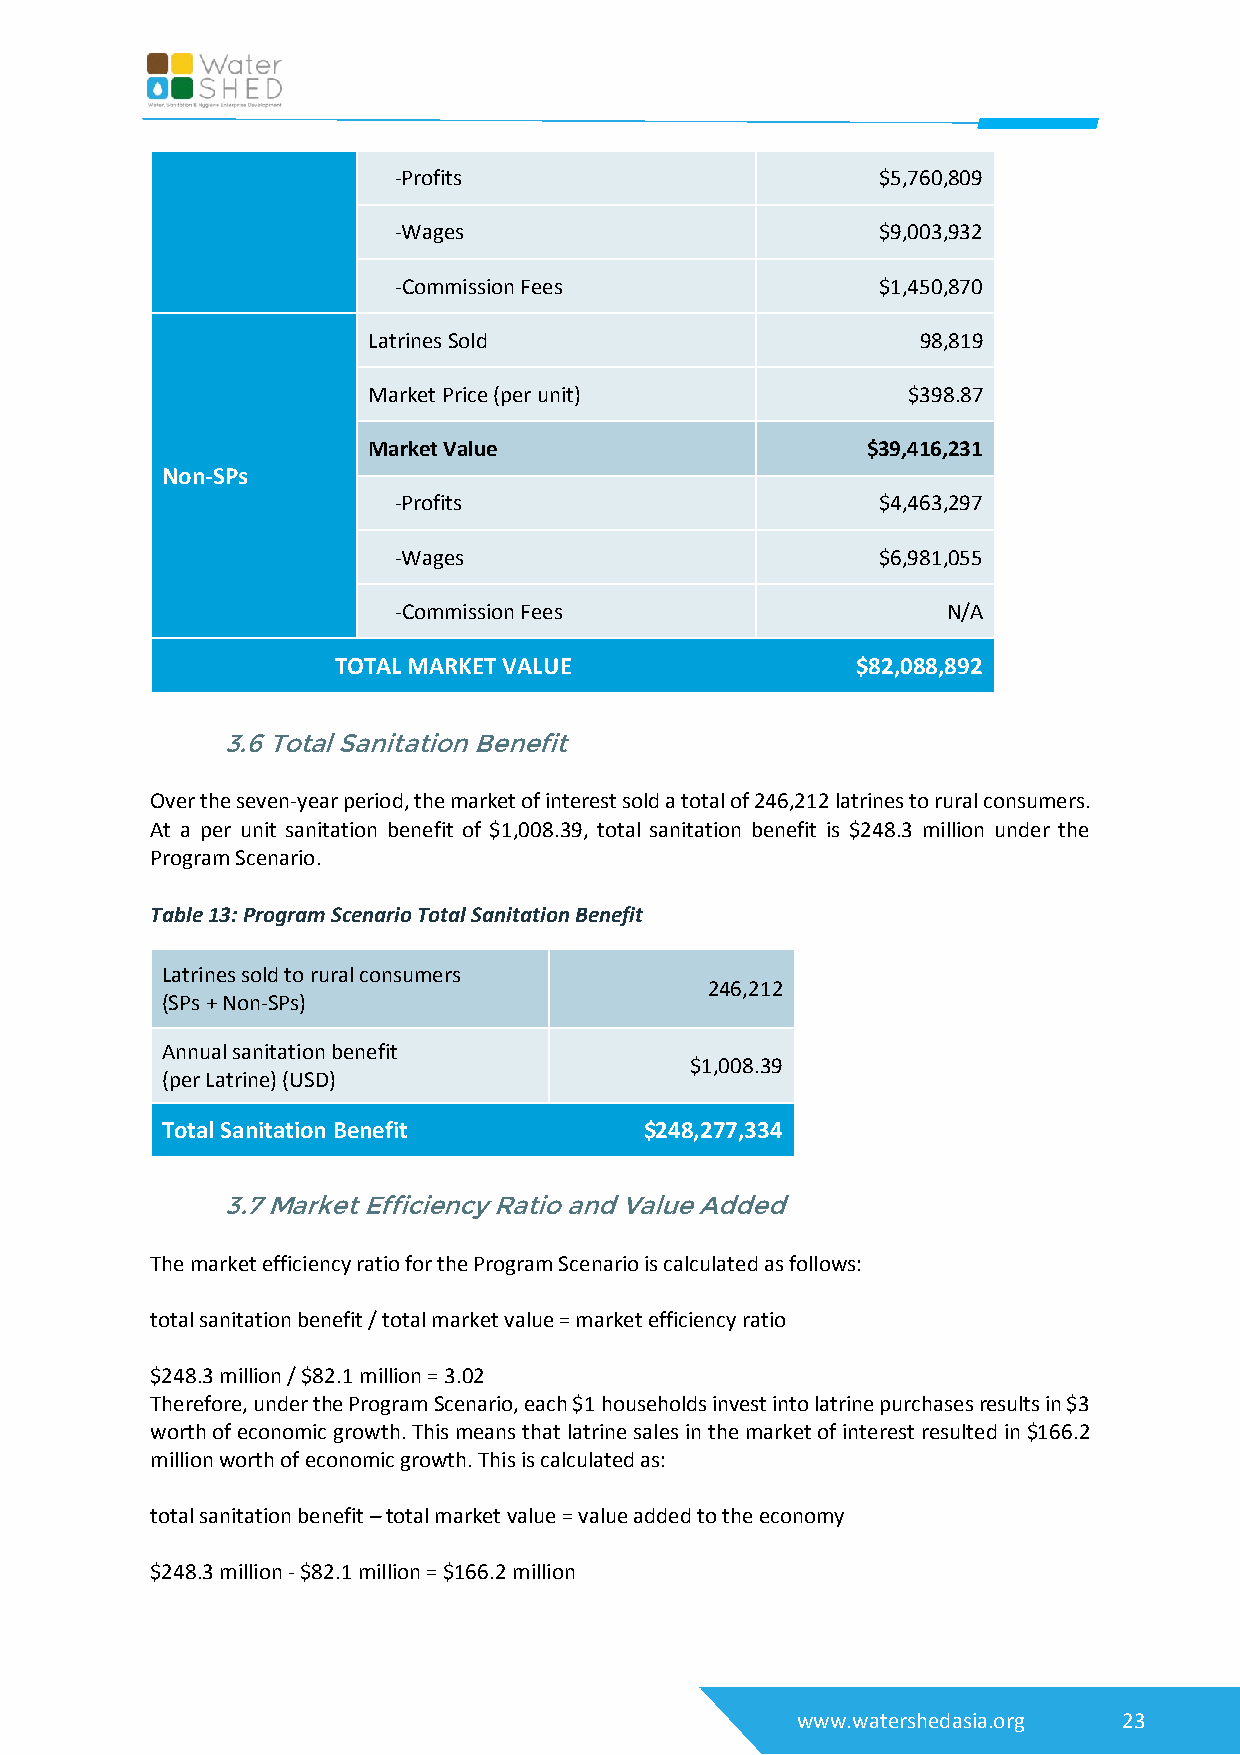
-Profits                        $5,760,809
 -Wages                          $9,003,932
 -Commission Fees                $1,450,870
 Latrines Sold                        98,819
 Market Price (per unit)             $398.87
 Market Value                     $39,416,231
 Non-SPs
 -Profits                        $4,463,297
 -Wages                          $6,981,055
 -Commission Fees                     N/A
 TOTAL MARKET VALUE                 $82,088,892
 3.6 Total Sanitation Benefit
 Over the seven-year period, the market of interest sold a total of 246,212 latrines to rural consumers.
 At a per unit sanitation benefit of $1,008.39, total sanitation benefit is $248.3 million under the
 Program Scenario.
 Table 13: Program Scenario Total Sanitation Benefit
 Latrines sold to rural consumers
 246,212
 (SPs + Non-SPs)
 Annual sanitation benefit
 $1,008.39
 (per Latrine) (USD)
 Total Sanitation Benefit        $248,277,334
 3.7 Market Efficiency Ratio and Value Added
 The market efficiency ratio for the Program Scenario is calculated as follows:
 total sanitation benefit / total market value = market efficiency ratio
 $248.3 million / $82.1 million = 3.02
 Therefore, under the Program Scenario, each $1 households invest into latrine purchases results in $3
 worth of economic growth. This means that latrine sales in the market of interest resulted in $166.2
 million worth of economic growth. This is calculated as:
 total sanitation benefit – total market value = value added to the economy
 $248.3 million - $82.1 million = $166.2 million
 www.watershedasia.org 23